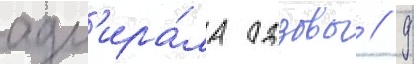
адм'ира́ла одзавы // 9